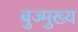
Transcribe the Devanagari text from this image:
बुज्मुख्य